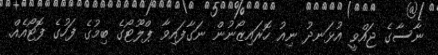
ނާސާގެ ޖައްވީ އުޅަނދު ނިއު ހޮރައިޒޯނުން ނަގާފައިވާ ޕްލޫޓޯގެ ބިމުގެ ފަހުގެ ފޮޓޯއެއް.